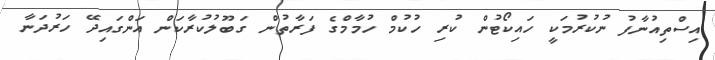
އިސްތިއުނާފު ނުކުރުމަކީ ހައިކޯޓުން ކުރި ހުކުމް ހުމާމްގެ ފަރާތުން ގަބޫލުކުރާކަން އަންގައިދޭ ހަރުދަނާ